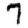
Digit: 7